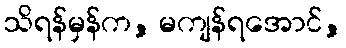
သိရန်မှန်က, မကျန်ရအောင်,